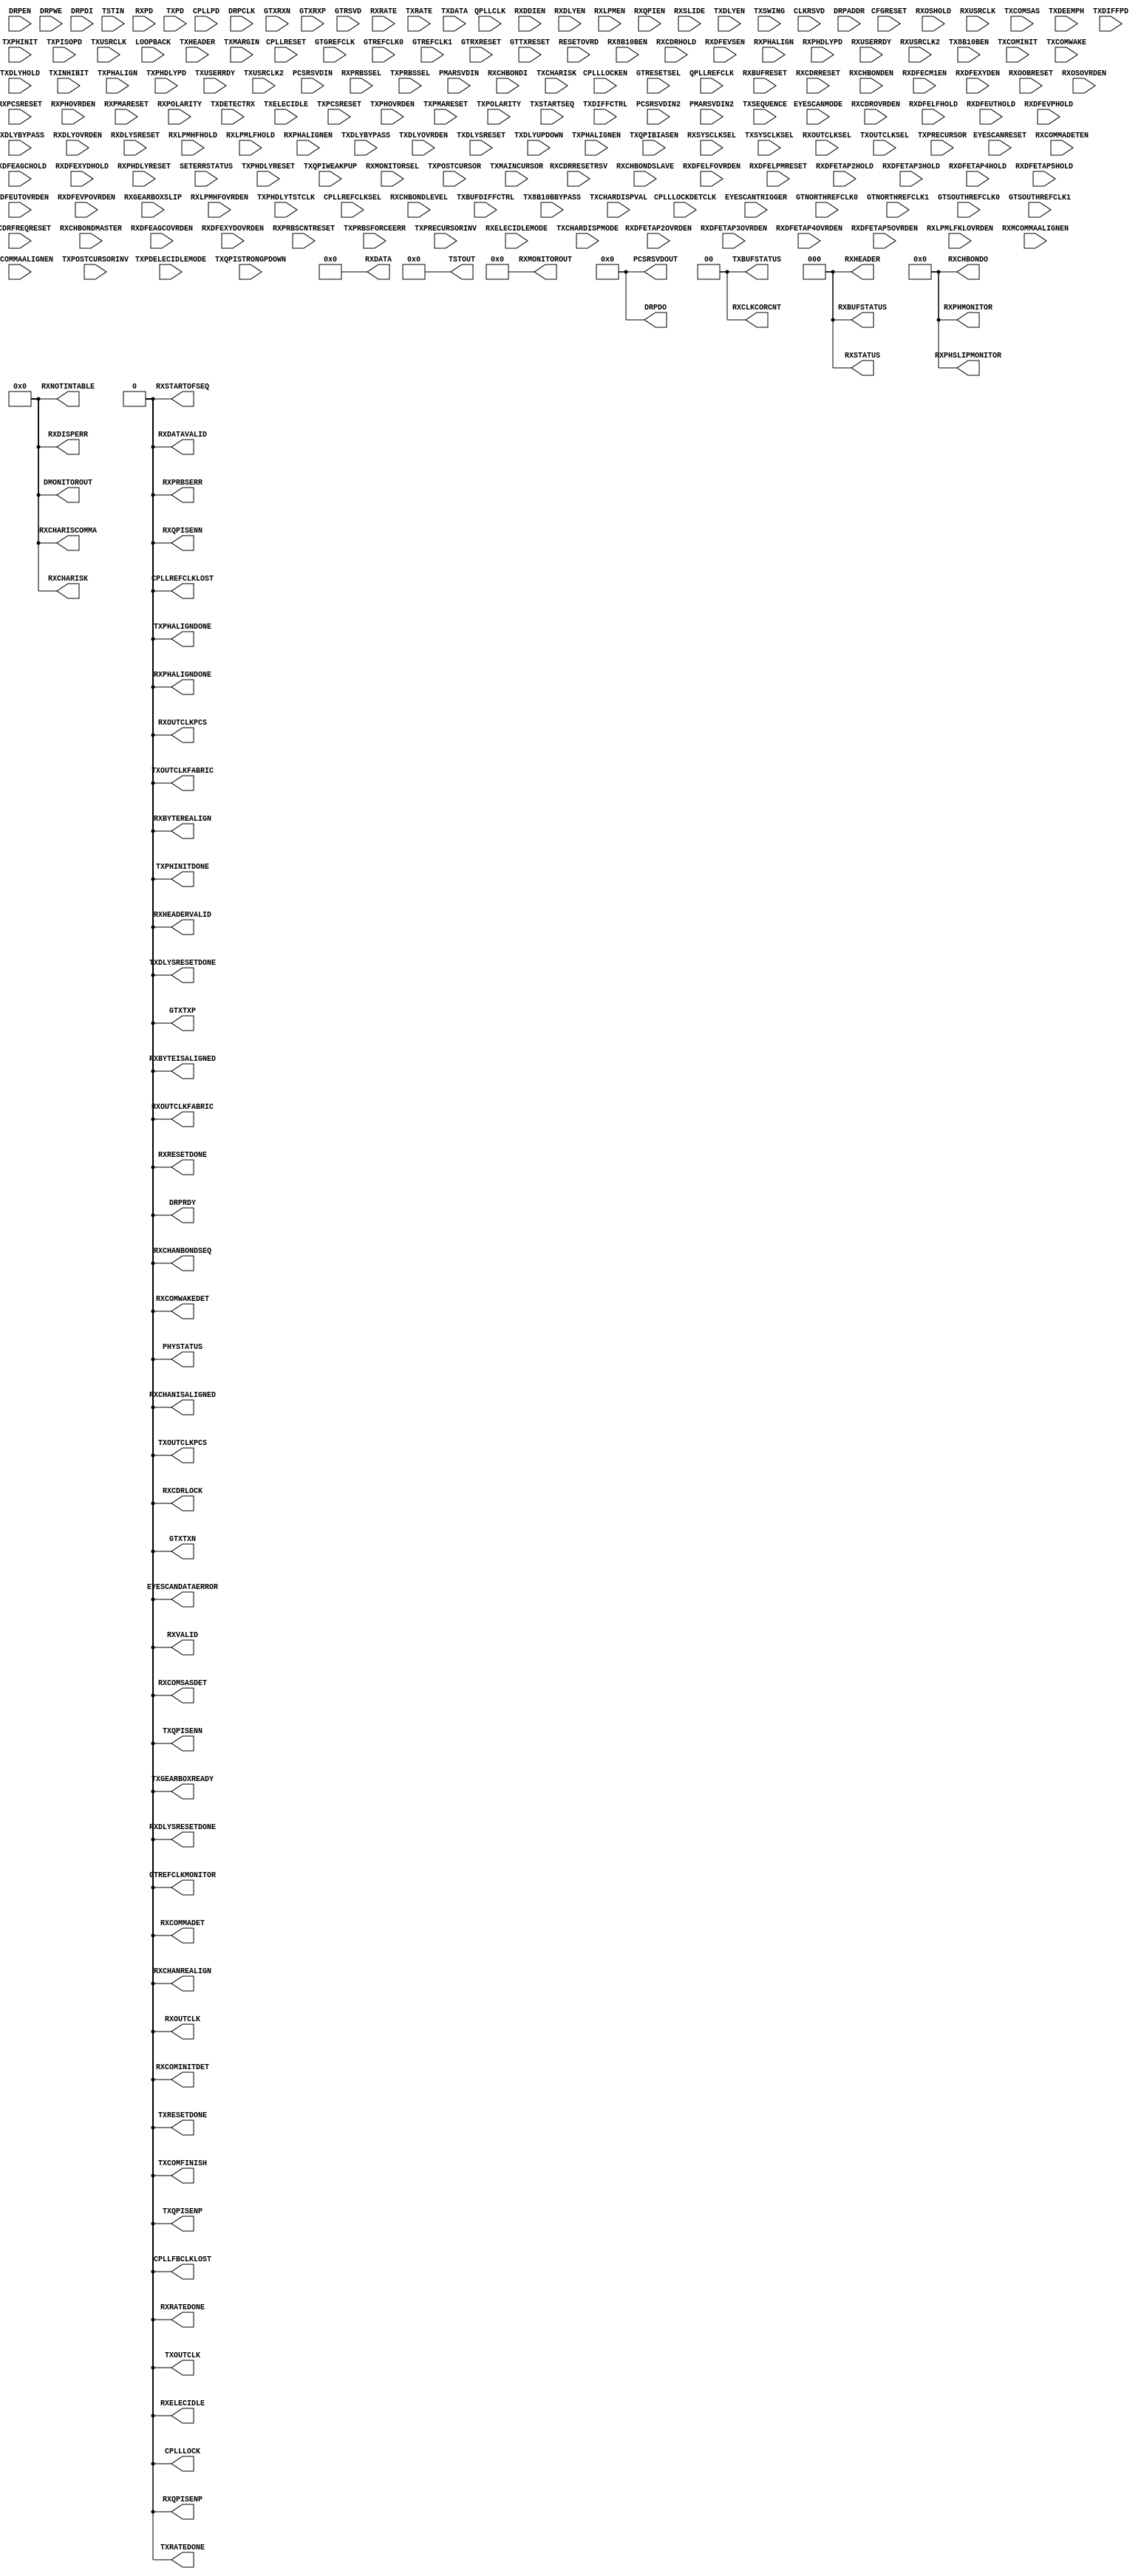
// Stupid stub for satisfying iverilog
//
module GTXE2_CHANNEL #(
    parameter ALIGN_COMMA_DOUBLE = "FALSE",
    parameter [9:0] ALIGN_COMMA_ENABLE = 10'b0001111111,
    parameter integer ALIGN_COMMA_WORD = 1,
    parameter ALIGN_MCOMMA_DET = "TRUE",
    parameter [9:0] ALIGN_MCOMMA_VALUE = 10'b1010000011,
    parameter ALIGN_PCOMMA_DET = "TRUE",
    parameter [9:0] ALIGN_PCOMMA_VALUE = 10'b0101111100,
    parameter CBCC_DATA_SOURCE_SEL = "DECODED",
    parameter CHAN_BOND_KEEP_ALIGN = "FALSE",
    parameter integer CHAN_BOND_MAX_SKEW = 7,
    parameter [9:0] CHAN_BOND_SEQ_1_1 = 10'b0101111100,
    parameter [9:0] CHAN_BOND_SEQ_1_2 = 10'b0000000000,
    parameter [9:0] CHAN_BOND_SEQ_1_3 = 10'b0000000000,
    parameter [9:0] CHAN_BOND_SEQ_1_4 = 10'b0000000000,
    parameter [3:0] CHAN_BOND_SEQ_1_ENABLE = 4'b1111,
    parameter [9:0] CHAN_BOND_SEQ_2_1 = 10'b0100000000,
    parameter [9:0] CHAN_BOND_SEQ_2_2 = 10'b0100000000,
    parameter [9:0] CHAN_BOND_SEQ_2_3 = 10'b0100000000,
    parameter [9:0] CHAN_BOND_SEQ_2_4 = 10'b0100000000,
    parameter [3:0] CHAN_BOND_SEQ_2_ENABLE = 4'b1111,
    parameter CHAN_BOND_SEQ_2_USE = "FALSE",
    parameter integer CHAN_BOND_SEQ_LEN = 1,
    parameter CLK_CORRECT_USE = "TRUE",
    parameter CLK_COR_KEEP_IDLE = "FALSE",
    parameter integer CLK_COR_MAX_LAT = 20,
    parameter integer CLK_COR_MIN_LAT = 18,
    parameter CLK_COR_PRECEDENCE = "TRUE",
    parameter integer CLK_COR_REPEAT_WAIT = 0,
    parameter [9:0] CLK_COR_SEQ_1_1 = 10'b0100011100,
    parameter [9:0] CLK_COR_SEQ_1_2 = 10'b0000000000,
    parameter [9:0] CLK_COR_SEQ_1_3 = 10'b0000000000,
    parameter [9:0] CLK_COR_SEQ_1_4 = 10'b0000000000,
    parameter [3:0] CLK_COR_SEQ_1_ENABLE = 4'b1111,
    parameter [9:0] CLK_COR_SEQ_2_1 = 10'b0100000000,
    parameter [9:0] CLK_COR_SEQ_2_2 = 10'b0100000000,
    parameter [9:0] CLK_COR_SEQ_2_3 = 10'b0100000000,
    parameter [9:0] CLK_COR_SEQ_2_4 = 10'b0100000000,
    parameter [3:0] CLK_COR_SEQ_2_ENABLE = 4'b1111,
    parameter CLK_COR_SEQ_2_USE = "FALSE",
    parameter integer CLK_COR_SEQ_LEN = 1,
    parameter [23:0] CPLL_CFG = 24'hB007D8,
    parameter integer CPLL_FBDIV = 4,
    parameter integer CPLL_FBDIV_45 = 5,
    parameter [23:0] CPLL_INIT_CFG = 24'h00001E,
    parameter [15:0] CPLL_LOCK_CFG = 16'h01E8,
    parameter integer CPLL_REFCLK_DIV = 1,
    parameter DEC_MCOMMA_DETECT = "TRUE",
    parameter DEC_PCOMMA_DETECT = "TRUE",
    parameter DEC_VALID_COMMA_ONLY = "TRUE",
    parameter [23:0] DMONITOR_CFG = 24'h000A00,
    parameter [5:0] ES_CONTROL = 6'b000000,
    parameter ES_ERRDET_EN = "FALSE",
    parameter ES_EYE_SCAN_EN = "FALSE",
    parameter [11:0] ES_HORZ_OFFSET = 12'h000,
    parameter [9:0] ES_PMA_CFG = 10'b0000000000,
    parameter [4:0] ES_PRESCALE = 5'b00000,
    parameter [79:0] ES_QUALIFIER = 80'h00000000000000000000,
    parameter [79:0] ES_QUAL_MASK = 80'h00000000000000000000,
    parameter [79:0] ES_SDATA_MASK = 80'h00000000000000000000,
    parameter [8:0] ES_VERT_OFFSET = 9'b000000000,
    parameter [3:0] FTS_DESKEW_SEQ_ENABLE = 4'b1111,
    parameter [3:0] FTS_LANE_DESKEW_CFG = 4'b1111,
    parameter FTS_LANE_DESKEW_EN = "FALSE",
    parameter [2:0] GEARBOX_MODE = 3'b000,
    parameter [0:0] IS_CPLLLOCKDETCLK_INVERTED = 1'b0,
    parameter [0:0] IS_DRPCLK_INVERTED = 1'b0,
    parameter [0:0] IS_GTGREFCLK_INVERTED = 1'b0,
    parameter [0:0] IS_RXUSRCLK2_INVERTED = 1'b0,
    parameter [0:0] IS_RXUSRCLK_INVERTED = 1'b0,
    parameter [0:0] IS_TXPHDLYTSTCLK_INVERTED = 1'b0,
    parameter [0:0] IS_TXUSRCLK2_INVERTED = 1'b0,
    parameter [0:0] IS_TXUSRCLK_INVERTED = 1'b0,
    parameter [1:0] OUTREFCLK_SEL_INV = 2'b11,
    parameter PCS_PCIE_EN = "FALSE",
    parameter [47:0] PCS_RSVD_ATTR = 48'h000000000000,
    parameter [11:0] PD_TRANS_TIME_FROM_P2 = 12'h03C,
    parameter [7:0] PD_TRANS_TIME_NONE_P2 = 8'h19,
    parameter [7:0] PD_TRANS_TIME_TO_P2 = 8'h64,
    parameter [31:0] PMA_RSV = 32'h00000000,
    parameter [15:0] PMA_RSV2 = 16'h2050,
    parameter [1:0] PMA_RSV3 = 2'b00,
    parameter [31:0] PMA_RSV4 = 32'h00000000,
    parameter [4:0] RXBUFRESET_TIME = 5'b00001,
    parameter RXBUF_ADDR_MODE = "FULL",
    parameter [3:0] RXBUF_EIDLE_HI_CNT = 4'b1000,
    parameter [3:0] RXBUF_EIDLE_LO_CNT = 4'b0000,
    parameter RXBUF_EN = "TRUE",
    parameter RXBUF_RESET_ON_CB_CHANGE = "TRUE",
    parameter RXBUF_RESET_ON_COMMAALIGN = "FALSE",
    parameter RXBUF_RESET_ON_EIDLE = "FALSE",
    parameter RXBUF_RESET_ON_RATE_CHANGE = "TRUE",
    parameter integer RXBUF_THRESH_OVFLW = 61,
    parameter RXBUF_THRESH_OVRD = "FALSE",
    parameter integer RXBUF_THRESH_UNDFLW = 4,
    parameter [4:0] RXCDRFREQRESET_TIME = 5'b00001,
    parameter [4:0] RXCDRPHRESET_TIME = 5'b00001,
    parameter [71:0] RXCDR_CFG = 72'h0B000023FF20400020,
    parameter [0:0] RXCDR_FR_RESET_ON_EIDLE = 1'b0,
    parameter [0:0] RXCDR_HOLD_DURING_EIDLE = 1'b0,
    parameter [5:0] RXCDR_LOCK_CFG = 6'b010101,
    parameter [0:0] RXCDR_PH_RESET_ON_EIDLE = 1'b0,
    parameter [6:0] RXDFELPMRESET_TIME = 7'b0001111,
    parameter [15:0] RXDLY_CFG = 16'h001F,
    parameter [8:0] RXDLY_LCFG = 9'h030,
    parameter [15:0] RXDLY_TAP_CFG = 16'h0000,
    parameter RXGEARBOX_EN = "FALSE",
    parameter [4:0] RXISCANRESET_TIME = 5'b00001,
    parameter [13:0] RXLPM_HF_CFG = 14'b00000011110000,
    parameter [13:0] RXLPM_LF_CFG = 14'b00000011110000,
    parameter [6:0] RXOOB_CFG = 7'b0000110,
    parameter integer RXOUT_DIV = 2,
    parameter [4:0] RXPCSRESET_TIME = 5'b00001,
    parameter [23:0] RXPHDLY_CFG = 24'h084020,
    parameter [23:0] RXPH_CFG = 24'h000000,
    parameter [4:0] RXPH_MONITOR_SEL = 5'b00000,
    parameter [4:0] RXPMARESET_TIME = 5'b00011,
    parameter [0:0] RXPRBS_ERR_LOOPBACK = 1'b0,
    parameter integer RXSLIDE_AUTO_WAIT = 7,
    parameter RXSLIDE_MODE = "OFF",
    parameter [11:0] RX_BIAS_CFG = 12'b000000000000,
    parameter [5:0] RX_BUFFER_CFG = 6'b000000,
    parameter integer RX_CLK25_DIV = 7,
    parameter [0:0] RX_CLKMUX_PD = 1'b1,
    parameter [1:0] RX_CM_SEL = 2'b11,
    parameter [2:0] RX_CM_TRIM = 3'b100,
    parameter integer RX_DATA_WIDTH = 20,
    parameter [5:0] RX_DDI_SEL = 6'b000000,
    parameter [11:0] RX_DEBUG_CFG = 12'b000000000000,
    parameter RX_DEFER_RESET_BUF_EN = "TRUE",
    parameter [22:0] RX_DFE_GAIN_CFG = 23'h180E0F,
    parameter [11:0] RX_DFE_H2_CFG = 12'b000111100000,
    parameter [11:0] RX_DFE_H3_CFG = 12'b000111100000,
    parameter [10:0] RX_DFE_H4_CFG = 11'b00011110000,
    parameter [10:0] RX_DFE_H5_CFG = 11'b00011110000,
    parameter [12:0] RX_DFE_KL_CFG = 13'b0001111110000,
    parameter [31:0] RX_DFE_KL_CFG2 = 32'h3008E56A,
    parameter [15:0] RX_DFE_LPM_CFG = 16'h0904,
    parameter [0:0] RX_DFE_LPM_HOLD_DURING_EIDLE = 1'b0,
    parameter [16:0] RX_DFE_UT_CFG = 17'b00111111000000000,
    parameter [16:0] RX_DFE_VP_CFG = 17'b00011111100000000,
    parameter [12:0] RX_DFE_XYD_CFG =  13'b0000000010000,
    parameter RX_DISPERR_SEQ_MATCH = "TRUE",
    parameter integer RX_INT_DATAWIDTH = 0,
    parameter [12:0] RX_OS_CFG = 13'b0001111110000,
    parameter integer RX_SIG_VALID_DLY = 10,
    parameter RX_XCLK_SEL = "RXREC",
    parameter integer SAS_MAX_COM = 64,
    parameter integer SAS_MIN_COM = 36,
    parameter [3:0] SATA_BURST_SEQ_LEN = 4'b1111,
    parameter [2:0] SATA_BURST_VAL = 3'b100,
    parameter SATA_CPLL_CFG = "VCO_3000MHZ",
    parameter [2:0] SATA_EIDLE_VAL = 3'b100,
    parameter integer SATA_MAX_BURST = 8,
    parameter integer SATA_MAX_INIT = 21,
    parameter integer SATA_MAX_WAKE = 7,
    parameter integer SATA_MIN_BURST = 4,
    parameter integer SATA_MIN_INIT = 12,
    parameter integer SATA_MIN_WAKE = 4,
    parameter SHOW_REALIGN_COMMA = "TRUE",
    parameter [2:0] SIM_CPLLREFCLK_SEL = 3'b001,
    parameter SIM_RECEIVER_DETECT_PASS = "TRUE",
    parameter SIM_RESET_SPEEDUP = "TRUE",
    parameter SIM_TX_EIDLE_DRIVE_LEVEL = "X",
    parameter SIM_VERSION = "4.0",
    parameter [4:0] TERM_RCAL_CFG = 5'b10000,
    parameter [0:0] TERM_RCAL_OVRD = 1'b0,
    parameter [7:0] TRANS_TIME_RATE = 8'h0E,
    parameter [31:0] TST_RSV = 32'h00000000,
    parameter TXBUF_EN = "TRUE",
    parameter TXBUF_RESET_ON_RATE_CHANGE = "FALSE",
    parameter [15:0] TXDLY_CFG = 16'h001F,
    parameter [8:0] TXDLY_LCFG = 9'h030,
    parameter [15:0] TXDLY_TAP_CFG = 16'h0000,
    parameter TXGEARBOX_EN = "FALSE",
    parameter integer TXOUT_DIV = 2,
    parameter [4:0] TXPCSRESET_TIME = 5'b00001,
    parameter [23:0] TXPHDLY_CFG = 24'h084020,
    parameter [15:0] TXPH_CFG = 16'h0780,
    parameter [4:0] TXPH_MONITOR_SEL = 5'b00000,
    parameter [4:0] TXPMARESET_TIME = 5'b00001,
    parameter integer TX_CLK25_DIV = 7,
    parameter [0:0] TX_CLKMUX_PD = 1'b1,
    parameter integer TX_DATA_WIDTH = 20,
    parameter [4:0] TX_DEEMPH0 = 5'b00000,
    parameter [4:0] TX_DEEMPH1 = 5'b00000,
    parameter TX_DRIVE_MODE = "DIRECT",
    parameter [2:0] TX_EIDLE_ASSERT_DELAY = 3'b110,
    parameter [2:0] TX_EIDLE_DEASSERT_DELAY = 3'b100,
    parameter integer TX_INT_DATAWIDTH = 0,
    parameter TX_LOOPBACK_DRIVE_HIZ = "FALSE",
    parameter [0:0] TX_MAINCURSOR_SEL = 1'b0,
    parameter [6:0] TX_MARGIN_FULL_0 = 7'b1001110,
    parameter [6:0] TX_MARGIN_FULL_1 = 7'b1001001,
    parameter [6:0] TX_MARGIN_FULL_2 = 7'b1000101,
    parameter [6:0] TX_MARGIN_FULL_3 = 7'b1000010,
    parameter [6:0] TX_MARGIN_FULL_4 = 7'b1000000,
    parameter [6:0] TX_MARGIN_LOW_0 = 7'b1000110,
    parameter [6:0] TX_MARGIN_LOW_1 = 7'b1000100,
    parameter [6:0] TX_MARGIN_LOW_2 = 7'b1000010,
    parameter [6:0] TX_MARGIN_LOW_3 = 7'b1000000,
    parameter [6:0] TX_MARGIN_LOW_4 = 7'b1000000,
    parameter [0:0] TX_PREDRIVER_MODE = 1'b0,
    parameter [0:0] TX_QPI_STATUS_EN = 1'b0,
    parameter [13:0] TX_RXDETECT_CFG = 14'h1832,
    parameter [2:0] TX_RXDETECT_REF = 3'b100,
    parameter TX_XCLK_SEL = "TXUSR",
    parameter [0:0] UCODEER_CLR = 1'b0
) (
    output CPLLFBCLKLOST,
    output CPLLLOCK,
    output CPLLREFCLKLOST,
    output DRPRDY,
    output EYESCANDATAERROR,
    output GTREFCLKMONITOR,
    output GTXTXN,
    output GTXTXP,
    output PHYSTATUS,
    output RXBYTEISALIGNED,
    output RXBYTEREALIGN,
    output RXCDRLOCK,
    output RXCHANBONDSEQ,
    output RXCHANISALIGNED,
    output RXCHANREALIGN,
    output RXCOMINITDET,
    output RXCOMMADET,
    output RXCOMSASDET,
    output RXCOMWAKEDET,
    output RXDATAVALID,
    output RXDLYSRESETDONE,
    output RXELECIDLE,
    output RXHEADERVALID,
    output RXOUTCLK,
    output RXOUTCLKFABRIC,
    output RXOUTCLKPCS,
    output RXPHALIGNDONE,
    output RXPRBSERR,
    output RXQPISENN,
    output RXQPISENP,
    output RXRATEDONE,
    output RXRESETDONE,
    output RXSTARTOFSEQ,
    output RXVALID,
    output TXCOMFINISH,
    output TXDLYSRESETDONE,
    output TXGEARBOXREADY,
    output TXOUTCLK,
    output TXOUTCLKFABRIC,
    output TXOUTCLKPCS,
    output TXPHALIGNDONE,
    output TXPHINITDONE,
    output TXQPISENN,
    output TXQPISENP,
    output TXRATEDONE,
    output TXRESETDONE,
    output [15:0] DRPDO,
    output [15:0] PCSRSVDOUT,
    output [1:0] RXCLKCORCNT,
    output [1:0] TXBUFSTATUS,
    output [2:0] RXBUFSTATUS,
    output [2:0] RXHEADER,
    output [2:0] RXSTATUS,
    output [4:0] RXCHBONDO,
    output [4:0] RXPHMONITOR,
    output [4:0] RXPHSLIPMONITOR,
    output [63:0] RXDATA,
    output [6:0] RXMONITOROUT,
    output [7:0] DMONITOROUT,
    output [7:0] RXCHARISCOMMA,
    output [7:0] RXCHARISK,
    output [7:0] RXDISPERR,
    output [7:0] RXNOTINTABLE,
    output [9:0] TSTOUT,

    input CFGRESET,
    input CPLLLOCKDETCLK,
    input CPLLLOCKEN,
    input CPLLPD,
    input CPLLRESET,
    input DRPCLK,
    input DRPEN,
    input DRPWE,
    input EYESCANMODE,
    input EYESCANRESET,
    input EYESCANTRIGGER,
    input GTGREFCLK,
    input GTNORTHREFCLK0,
    input GTNORTHREFCLK1,
    input GTREFCLK0,
    input GTREFCLK1,
    input GTRESETSEL,
    input GTRXRESET,
    input GTSOUTHREFCLK0,
    input GTSOUTHREFCLK1,
    input GTTXRESET,
    input GTXRXN,
    input GTXRXP,
    input QPLLCLK,
    input QPLLREFCLK,
    input RESETOVRD,
    input RX8B10BEN,
    input RXBUFRESET,
    input RXCDRFREQRESET,
    input RXCDRHOLD,
    input RXCDROVRDEN,
    input RXCDRRESET,
    input RXCDRRESETRSV,
    input RXCHBONDEN,
    input RXCHBONDMASTER,
    input RXCHBONDSLAVE,
    input RXCOMMADETEN,
    input RXDDIEN,
    input RXDFEAGCHOLD,
    input RXDFEAGCOVRDEN,
    input RXDFECM1EN,
    input RXDFELFHOLD,
    input RXDFELFOVRDEN,
    input RXDFELPMRESET,
    input RXDFETAP2HOLD,
    input RXDFETAP2OVRDEN,
    input RXDFETAP3HOLD,
    input RXDFETAP3OVRDEN,
    input RXDFETAP4HOLD,
    input RXDFETAP4OVRDEN,
    input RXDFETAP5HOLD,
    input RXDFETAP5OVRDEN,
    input RXDFEUTHOLD,
    input RXDFEUTOVRDEN,
    input RXDFEVPHOLD,
    input RXDFEVPOVRDEN,
    input RXDFEVSEN,
    input RXDFEXYDEN,
    input RXDFEXYDHOLD,
    input RXDFEXYDOVRDEN,
    input RXDLYBYPASS,
    input RXDLYEN,
    input RXDLYOVRDEN,
    input RXDLYSRESET,
    input RXGEARBOXSLIP,
    input RXLPMEN,
    input RXLPMHFHOLD,
    input RXLPMHFOVRDEN,
    input RXLPMLFHOLD,
    input RXLPMLFKLOVRDEN,
    input RXMCOMMAALIGNEN,
    input RXOOBRESET,
    input RXOSHOLD,
    input RXOSOVRDEN,
    input RXPCOMMAALIGNEN,
    input RXPCSRESET,
    input RXPHALIGN,
    input RXPHALIGNEN,
    input RXPHDLYPD,
    input RXPHDLYRESET,
    input RXPHOVRDEN,
    input RXPMARESET,
    input RXPOLARITY,
    input RXPRBSCNTRESET,
    input RXQPIEN,
    input RXSLIDE,
    input RXUSERRDY,
    input RXUSRCLK2,
    input RXUSRCLK,
    input SETERRSTATUS,
    input TX8B10BEN,
    input TXCOMINIT,
    input TXCOMSAS,
    input TXCOMWAKE,
    input TXDEEMPH,
    input TXDETECTRX,
    input TXDIFFPD,
    input TXDLYBYPASS,
    input TXDLYEN,
    input TXDLYHOLD,
    input TXDLYOVRDEN,
    input TXDLYSRESET,
    input TXDLYUPDOWN,
    input TXELECIDLE,
    input TXINHIBIT,
    input TXPCSRESET,
    input TXPDELECIDLEMODE,
    input TXPHALIGN,
    input TXPHALIGNEN,
    input TXPHDLYPD,
    input TXPHDLYRESET,
    input TXPHDLYTSTCLK,
    input TXPHINIT,
    input TXPHOVRDEN,
    input TXPISOPD,
    input TXPMARESET,
    input TXPOLARITY,
    input TXPOSTCURSORINV,
    input TXPRBSFORCEERR,
    input TXPRECURSORINV,
    input TXQPIBIASEN,
    input TXQPISTRONGPDOWN,
    input TXQPIWEAKPUP,
    input TXSTARTSEQ,
    input TXSWING,
    input TXUSERRDY,
    input TXUSRCLK2,
    input TXUSRCLK,
    input [15:0] DRPDI,
    input [15:0] GTRSVD,
    input [15:0] PCSRSVDIN,
    input [19:0] TSTIN,
    input [1:0] RXELECIDLEMODE,
    input [1:0] RXMONITORSEL,
    input [1:0] RXPD,
    input [1:0] RXSYSCLKSEL,
    input [1:0] TXPD,
    input [1:0] TXSYSCLKSEL,
    input [2:0] CPLLREFCLKSEL,
    input [2:0] LOOPBACK,
    input [2:0] RXCHBONDLEVEL,
    input [2:0] RXOUTCLKSEL,
    input [2:0] RXPRBSSEL,
    input [2:0] RXRATE,
    input [2:0] TXBUFDIFFCTRL,
    input [2:0] TXHEADER,
    input [2:0] TXMARGIN,
    input [2:0] TXOUTCLKSEL,
    input [2:0] TXPRBSSEL,
    input [2:0] TXRATE,
    input [3:0] CLKRSVD,
    input [3:0] TXDIFFCTRL,
    input [4:0] PCSRSVDIN2,
    input [4:0] PMARSVDIN2,
    input [4:0] PMARSVDIN,
    input [4:0] RXCHBONDI,
    input [4:0] TXPOSTCURSOR,
    input [4:0] TXPRECURSOR,
    input [63:0] TXDATA,
    input [6:0] TXMAINCURSOR,
    input [6:0] TXSEQUENCE,
    input [7:0] TX8B10BBYPASS,
    input [7:0] TXCHARDISPMODE,
    input [7:0] TXCHARDISPVAL,
    input [7:0] TXCHARISK,
    input [8:0] DRPADDR);

assign  CPLLFBCLKLOST = 1'b0;
assign  CPLLLOCK = 1'b0;
assign  CPLLREFCLKLOST = 1'b0;
assign  DRPRDY = 1'b0;
assign  EYESCANDATAERROR = 1'b0;
assign  GTREFCLKMONITOR = 1'b0;
assign  GTXTXN = 1'b0;
assign  GTXTXP = 1'b0;
assign  PHYSTATUS = 1'b0;
assign  RXBYTEISALIGNED = 1'b0;
assign  RXBYTEREALIGN = 1'b0;
assign  RXCDRLOCK = 1'b0;
assign  RXCHANBONDSEQ = 1'b0;
assign  RXCHANISALIGNED = 1'b0;
assign  RXCHANREALIGN = 1'b0;
assign  RXCOMINITDET = 1'b0;
assign  RXCOMMADET = 1'b0;
assign  RXCOMSASDET = 1'b0;
assign  RXCOMWAKEDET = 1'b0;
assign  RXDATAVALID = 1'b0;
assign  RXDLYSRESETDONE = 1'b0;
assign  RXELECIDLE = 1'b0;
assign  RXHEADERVALID = 1'b0;
assign  RXOUTCLK = 1'b0;
assign  RXOUTCLKFABRIC = 1'b0;
assign  RXOUTCLKPCS = 1'b0;
assign  RXPHALIGNDONE = 1'b0;
assign  RXPRBSERR = 1'b0;
assign  RXQPISENN = 1'b0;
assign  RXQPISENP = 1'b0;
assign  RXRATEDONE = 1'b0;
assign  RXRESETDONE = 1'b0;
assign  RXSTARTOFSEQ = 1'b0;
assign  RXVALID = 1'b0;
assign  TXCOMFINISH = 1'b0;
assign  TXDLYSRESETDONE = 1'b0;
assign  TXGEARBOXREADY = 1'b0;
assign  TXOUTCLK = 1'b0;
assign  TXOUTCLKFABRIC = 1'b0;
assign  TXOUTCLKPCS = 1'b0;
assign  TXPHALIGNDONE = 1'b0;
assign  TXPHINITDONE = 1'b0;
assign  TXQPISENN = 1'b0;
assign  TXQPISENP = 1'b0;
assign  TXRATEDONE = 1'b0;
assign  TXRESETDONE = 1'b0;
assign  DRPDO = 0;
assign  PCSRSVDOUT = 0;
assign  RXCLKCORCNT = 0;
assign  TXBUFSTATUS = 0;
assign  RXBUFSTATUS = 0;
assign  RXHEADER = 0;
assign  RXSTATUS = 0;
assign  RXCHBONDO = 0;
assign  RXPHMONITOR = 0;
assign  RXPHSLIPMONITOR = 0;
assign  RXDATA = 0;
assign  RXMONITOROUT = 0;
assign  DMONITOROUT = 0;
assign  RXCHARISCOMMA = 0;
assign  RXCHARISK = 0;
assign  RXDISPERR = 0;
assign  RXNOTINTABLE = 0;
assign  TSTOUT = 0;

endmodule